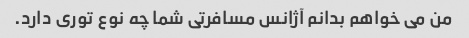
من می خواهم بدانم آژانس مسافرتی شما چه نوع توری دارد.